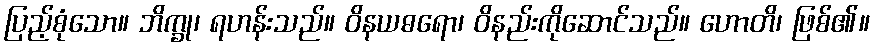
ပြည့်စုံသော။ ဘိက္ခု၊ ရဟန်းသည်။ ဝိနယဓရော၊ ဝိနည်းကိုဆောင်သည်။ ဟောတိ၊ ဖြစ်၏။